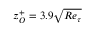
z _ { O } ^ { + } = 3 . 9 \sqrt { R e _ { \tau } }